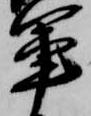
軍